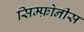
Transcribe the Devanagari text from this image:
सिम्फ़ोनीस